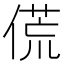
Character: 𬿁